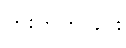
တိုးတက်ခြင်း